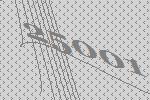
25001